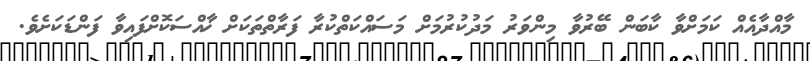
މާއްދާއެއް ކަމަށްވާ ކާބަން ބޭރުވާ މިންވަރު މަދުކުރުމަށް މަސައްކަތްކުރާ ފަރާތްތަކަށް ޚާއްސަކޮށްފައިވާ ފަންޑަކަށެވެ.